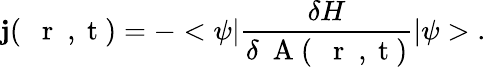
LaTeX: {\mathbf j}(\mathrm{~{~\mathbf~r~}~,~t~})=-<\psi|\frac{\delta H}{\delta\mathrm{~\mathbf~A~}(\mathrm{~{~\mathbf~r~}~,~t~})}|\psi>\; .